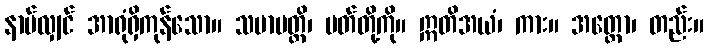
နာမ်လျှင် အာရုံရှိကုန်သော။ သမာပတ္တိ၊ ပတ်တို့ကို။ ဣတိအယံ၊ ကား။ အတ္ထော၊ တည်း။